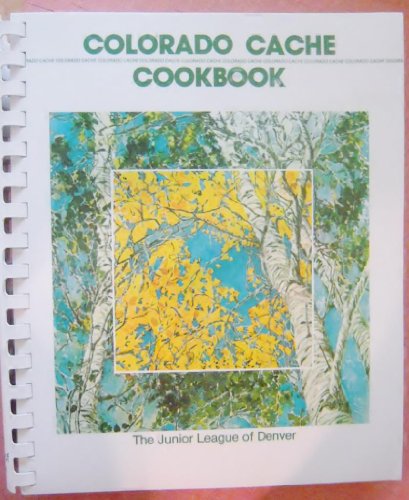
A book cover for Colorado Cache Cookbook; Cookbooks, Food & Wine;